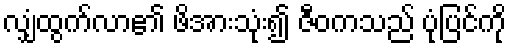
လျှံထွက်လာ၏ ဖိအားသုံး၍ ဇီဝကသည် ပုံပြင်ကို